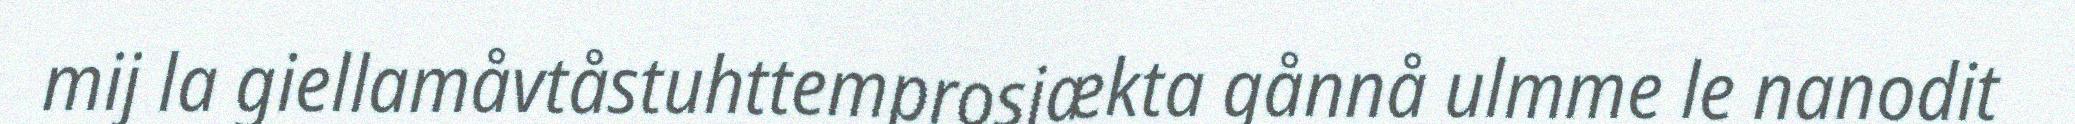
mij la giellamåvtåstuhttemprosjækta gånnå ulmme le nanodit